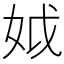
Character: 𡛟